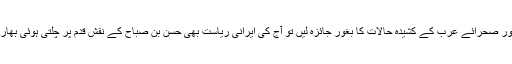
آج پاکستان کے قریب و جوار اور صحرائے عرب کے کشیدہ حالات کا بغور جائزہ لیں تو آج کی ایرانی ریاست بھی حسن بن صباح کے نقش قدم پر چلتی ہوئی بھارتی را کی مدد گار نظر آتی ہیں۔